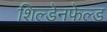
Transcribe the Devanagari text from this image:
शिल्डेनफेल्ड